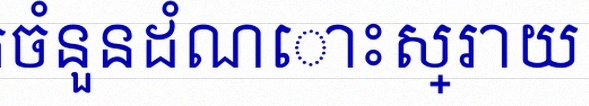
រកចំនួនដំណោះស្រាយ